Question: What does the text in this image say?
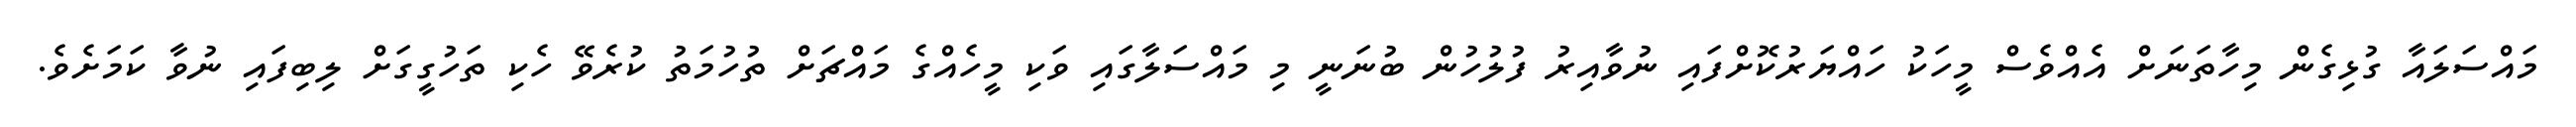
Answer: މައްސަލައާ ގުޅިގެން މިހާތަނަށް އެއްވެސް މީހަކު ހައްޔަރުކޮށްފައި ނުވާއިރު ފުލުހުން ބުނަނީ މި މައްސަލާގައި ވަކި މީހެއްގެ މައްޗަށް ތުހުމަތު ކުރެވޭ ހެކި ތަހުގީގަށް ލިބިފައި ނުވާ ކަމަށެވެ.